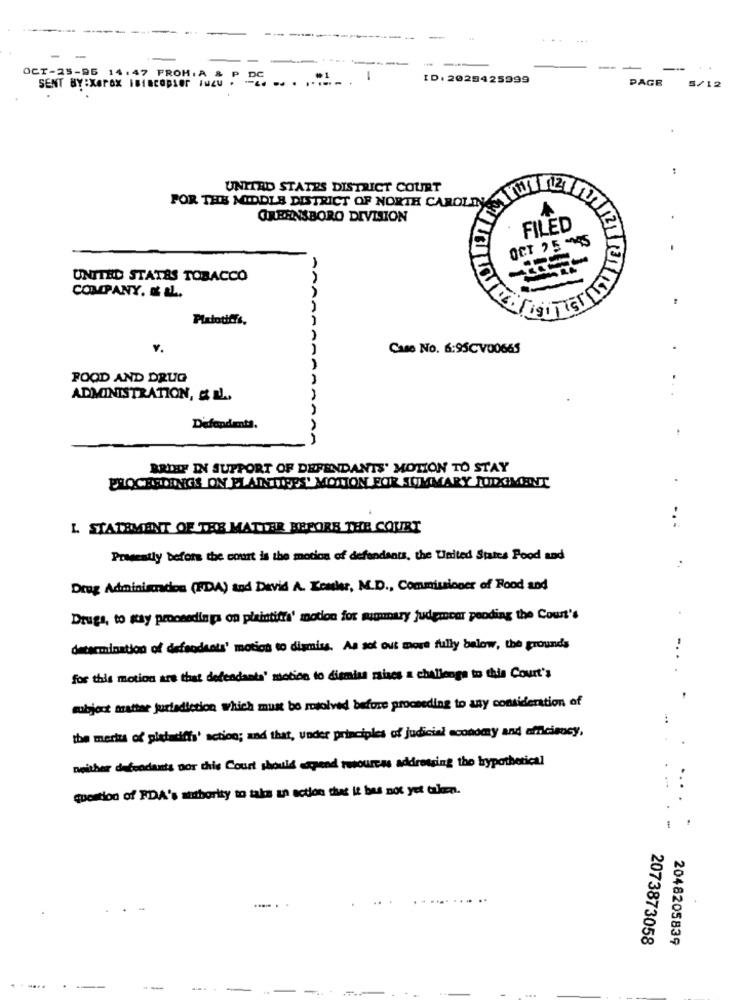
-
...
------
-
-
OCT-25-96 14.47 FROM: A
SENT BY:Xerox iBiacopier INeu . ... .. . ...--.
-
ID: 2025425999
PAGE
5/12
UNITED STATES DISTRICT COURT
FOR THE MIDDLE DISTRICT OF NORTH CAROLINA
GREENSBORO DIVISION
FILED
OCT 25 -45
UNITED STATES TOBACCO
COMPANY. & LL.
Pixtotiffs.
AAAAAA
V.
Case No. 6:95CV00665
FOOD AND DRUG
ADMINISTRATION, & IL ..
Defondents.
BRIEF IN SUPPORT OF DEFENDANTS' MOTION TO STAY
PROCHETHINGS ON ELAINTIRES' MOTION FOR SUMMARY JUDGMENT
L STATEMENT OF THE MATTER BEFORE THE COURT
...
Presently before the court is the motion of defendants, the United States Food and
Drug Adminigndos (FDA) and David A. Kenler, M.D ., Commissioner of Rood and
Drugs, to stay proceedinga on plaintiffs' motion for summary judemear pending the Court's
determination of defendants' motion to dismiss. As got out more fully below, the grounds
-..
for this motion are that defendants' motion to dismiss raises a challenge to this Court's
subject matter jurisdiction which must be resolved before proceeding to any consideration of
the merits of pietariffs' action; and that, under principles of judicial economy and efficiency,
neither defendants por this Court should spend resources addressing the hypothetical
question of FDA's authority to take an action that it has not yet taken.
....
.
.....
2073873058
2048205839